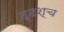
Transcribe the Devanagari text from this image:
दृढश्च